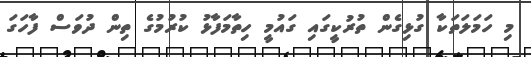
މި ހަމަލަތަކާ ގުޅިގެން ތުރުކީގައި ގައުމީ ހިތާމަފާޅު ކުރުމުގެ ތިން ދުވަސް ފާހަގަ